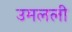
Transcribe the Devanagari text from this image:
उमलली